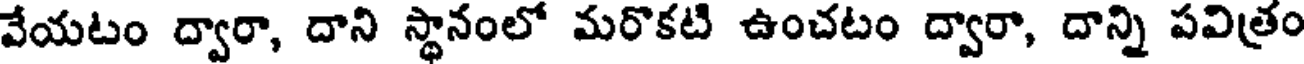
వేయటం ద్వారా, దాని స్థానంలో మరొకటి ఉంచటం ద్వారా, దాన్ని పవిత్రం